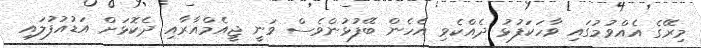
މިރޭގެ އެއްވުމުގައި ވާހަކަފުޅު ދެއްކެވި އެހެން ބޭފުޅުންވެސް ވަނީ ޖީއެމްއާރާއި ދެކޮޅަށް އަޑުއުފުލައި